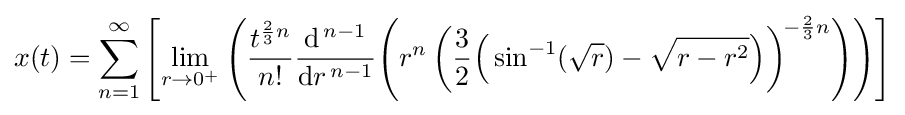
x(t)=\sum _{n=1}^{\infty }\left[\lim _{r\to 0^{+}}\left({\frac {t^{{\frac {2}{3}}n}}{n!}}{\frac {\mathrm {d} ^{\,n-1}}{\mathrm {d} r^{\,n-1}}}\!\left(r^{n}\left({\frac {3}{2}}{\Big (}\sin ^{-1}({\sqrt {r}})-{\sqrt {r-r^{2}}}{\Big )}\right)^{\!-{\frac {2}{3}}n}\right)\right)\right]